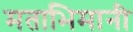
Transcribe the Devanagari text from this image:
मताभिमानी